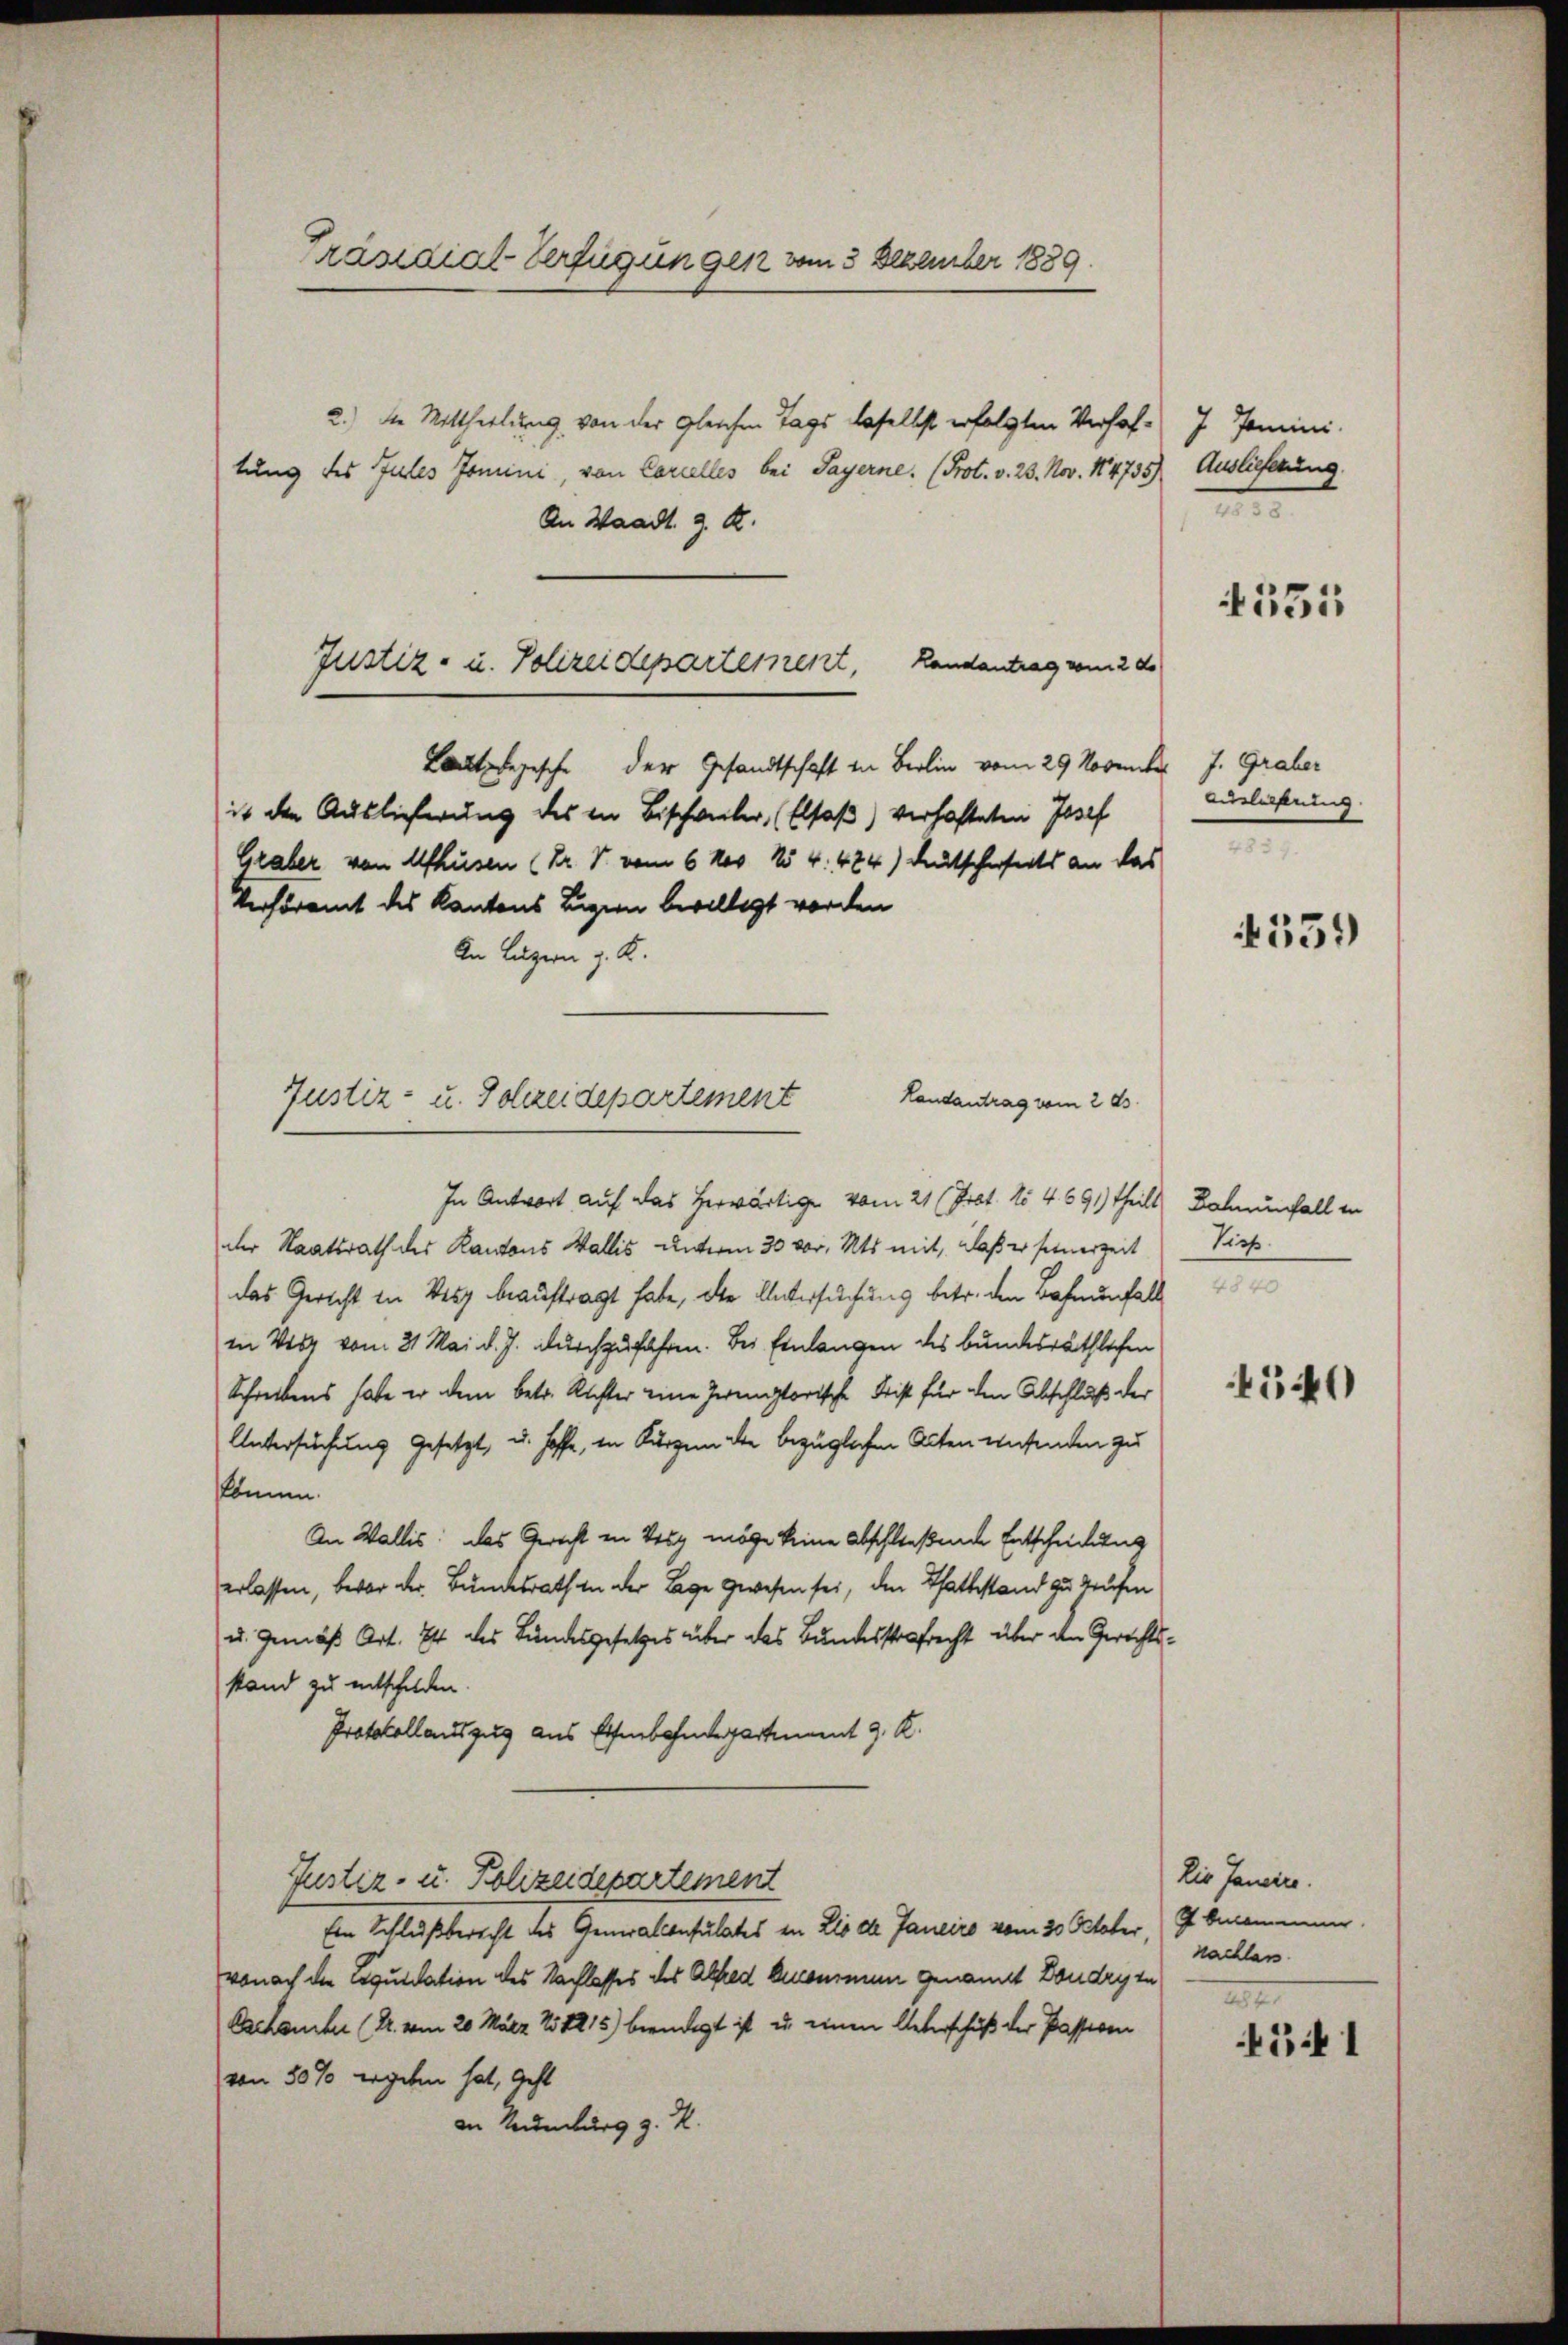
Präsidial-Verfügungen vom 3 Dezember 1889.

2.) Die Mittheilung von der gleichen Tags daselbst erfolgten Verhaftung des Jules Jomini, von Carcelles bei Payerne. (Prot. v. 23. Nov. 184735) Auslieferung.
An Waadt z. R.
Laut begesche der Gesandtschaft in Berlin vom 29 November J. Graber
ist den Auslieferung des in Bischweiler, (Elsaß) verhafteten Josef
Graber von Afhusen (Dr. S. vom 6 Nov. 154. 484) Deutscherheits an das
Verhöramt des Kantons Luzern bewilligt worden
An Luzern z. K.
Landantrag vom 2 ds.
Justiz- u. Schreidepartement

Justiz- u. Polizeidepartement, Randantrag vom 2 d.

In Antwort auf das herwärtige vom 21 (Prot. No 4.691) theilt Bahnenfall in
der Staatsrath des Kantons Wallis unterm 30 vor. Mts. mit, daß er seinerzeit
das Gericht in Weg beauftragt habe, der Untersuchung betr. den Bahnenfall
in Verg vom 21. Mai d. J. durchzufahren. Bei Einlangen des bundesräthlichen
Schreibens habe er dem betr. Richter eine Zenitorische Frist für den Abschluß der
Untersuchung gesetzt, u. hoffe, in Kurzem die bezüglichen Acten wesenden zu
könne.
An Wallis. Das Gericht in Weg möge keine Abschließende Entscheidung
erlassen, bevor der Bundesrath in der Lage gewesen sei, den Thattestand zu Hausen
u. gemäß Art. 74 des Bundesgesetzes über das Bundesstrafrecht über den Gerichtsstand zu entschilden.
Protokollauszug aus Eisenbahndepartement J. K.
Justiz- u. Polizeidepartement
Ein Schlußbericht des Generalconsulates in Lio de Janeiro vom 30. October, 7 bekommen.
wonach die Liquidation des Nachlasses des Alfred genommen genannt Boudry zu
Oschanker (Dr. vom 20. März 258215) beendigt ist, u. einen Unterschuß der Passiven
von 50 % ergeben hat, geht
an Naumburg z. K.

J Jamini
.

4531

Velachtung.

559

Tieß.

540

Die Janeine.
nachlass
21

34 1